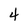
Character: 4